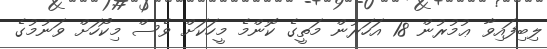
ލިބިފައިވާ ޢުމުރުން 18 އަހަރުން މަތީގެ ކޮންމެ މީހަކަށް ވެސް މިކޯހަށް ވަނުމުގެ